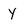
Character: y